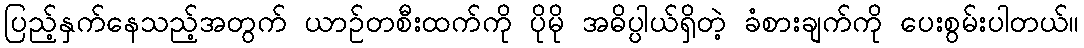
ပြည့်နှက်နေသည့်အတွက် ယာဉ်တစီးထက်ကို ပိုမို အဓိပ္ပါယ်ရှိတဲ့ ခံစားချက်ကို ပေးစွမ်းပါတယ်။